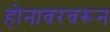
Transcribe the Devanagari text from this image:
होनावरवरून